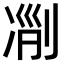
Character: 𠗢